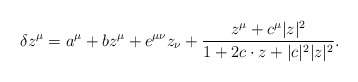
\begin{align*}\delta z^{\mu}= a^{\mu}+b z^{\mu}+e^{\mu \nu}z_{\nu} +\frac{z^{\mu}+c^{\mu}|z|^{2}}{ 1+2c \cdot z+|c|^{2}|z|^{2} }.\end{align*}